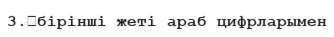
3.	бірінші жеті араб цифрларымен